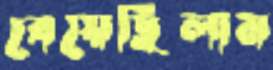
বেয়েছিলাম